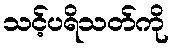
သင့်ပရိသတ်ကို